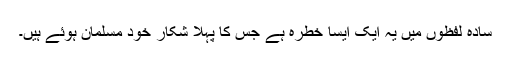
سادہ لفظوں میں یہ ایک ایسا خطرہ ہے جس کا پہلا شکار خود مسلمان ہوئے ہیں۔